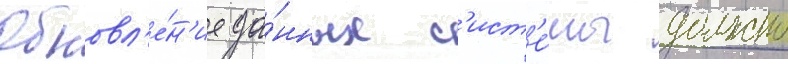
Обновл'е́н'ие да́нных с'ист'е́мы должно